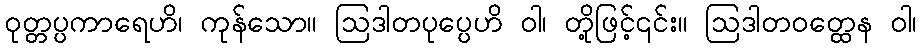
ဝုတ္တပ္ပကာရေဟိ၊ ကုန်သော။ ဩဒါတပုပ္ပေဟိ ဝါ၊ တို့ဖြင့်၎င်း။ ဩဒါတဝတ္ထေန ဝါ၊